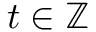
t \in \mathbb { Z }